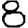
Digit: 8